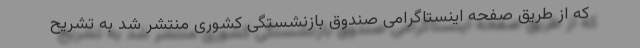
که از طریق صفحه اینستاگرامی صندوق بازنشستگی کشوری منتشر شد به تشریح